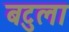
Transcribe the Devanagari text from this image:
बटुला